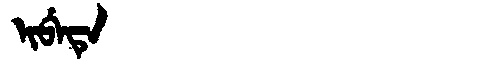
Manchu: ᡳᠪᡝᡨᡝ
Romanization: IBETE